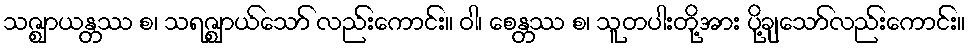
သဇ္ဈာယန္တဿ စ၊ သရဇ္ဈာယ်သော် လည်းကောင်း။ ဝါ၊ စေန္တဿ စ၊ သူတပါးတို့အား ပို့ချသော်လည်းကောင်း။